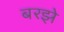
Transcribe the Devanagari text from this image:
बरझे